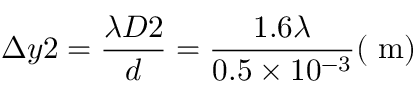
\Delta y 2 = \frac { \lambda D 2 } { d } = \frac { 1 . 6 \lambda } { 0 . 5 \times 1 0 ^ { - 3 } } ( \mathrm { ~ m } )